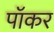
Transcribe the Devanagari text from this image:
पॉकर